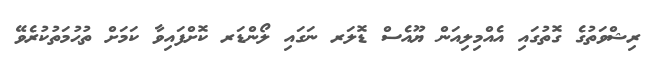
ރިޝްވަތުގެ ގޮތުގައި އެއްމިލިއަން ޔޫއެސް ޑޮލަރ ނަގައި ލޯންޑަރ ކޮށްފައިވާ ކަމަށް ތުޙުމަތުކުރެވޭ